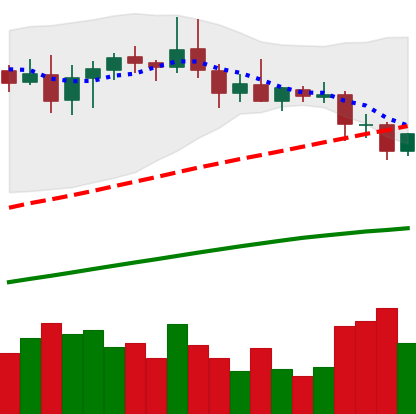
Ticker: DOGE-USD
Chart end date: 2020-08-28
Forward return: -4.468%
Label: down_3_5